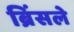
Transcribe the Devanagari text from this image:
ब्रिंसले